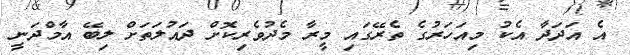
އެ އަދަދާ އެކު މިއަހަރުގެ ތެރޭގައި މީރާ މެދުވެރިކޮށް ދައުލަތަށް ލިބޭ އާމްދަނީ